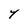
Character: Y